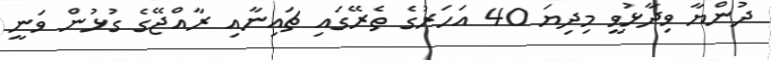
ދުންޔާ ވިދާޅުވީ މިދިޔަ 40 އަހަރުގެ ތެރޭގައި ޗައިނާއި ރާއްޖޭގެ ގުޅުން ވަނީ